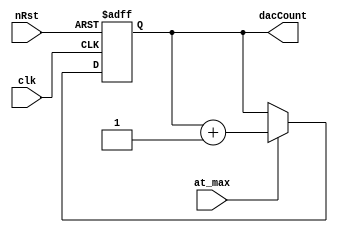
module t09_dac_counter (
	clk,
	nRst,
	at_max,
	dacCount
);
	reg _sv2v_0;
	parameter N = 8;
	input wire clk;
	input wire nRst;
	input wire at_max;
	output reg [N - 1:0] dacCount;
	reg [N - 1:0] dacCount_nxt;
	always @(posedge clk or negedge nRst)
		if (~nRst)
			dacCount <= 0;
		else
			dacCount <= dacCount_nxt;
	always @(*) begin
		if (_sv2v_0)
			;
		if (at_max)
			dacCount_nxt = dacCount + 1;
		else
			dacCount_nxt = dacCount;
	end
	initial _sv2v_0 = 0;
endmodule